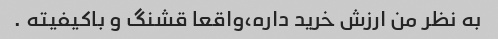
به نظر من ارزش خرید داره،واقعا قشنگ و باکیفیته .